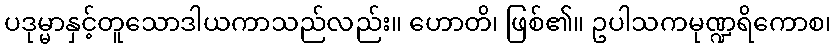
ပဒုမ္မာနှင့်တူသောဒါယကာသည်လည်း။ ဟောတိ၊ ဖြစ်၏။ ဥပါသကမုဏ္ဍရိကောစ၊